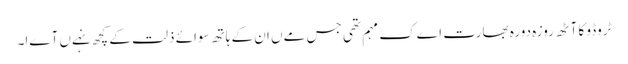
ٹروڈو کا آٹھ روزہ دورہ بھارت اےک مہم تھی جس مےں ان کے ہاتھ سوائے ذلت کے کچھ نہےں آےا۔